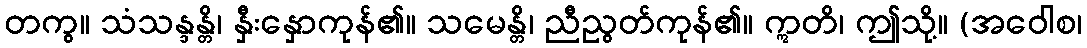
တကွ။ သံသန္ဒန္တိ၊ နှီးနှောကုန်၏။ သမေန္တိ၊ ညီညွတ်ကုန်၏။ ဣတိ၊ ဤသို့။ (အဝေါစ၊